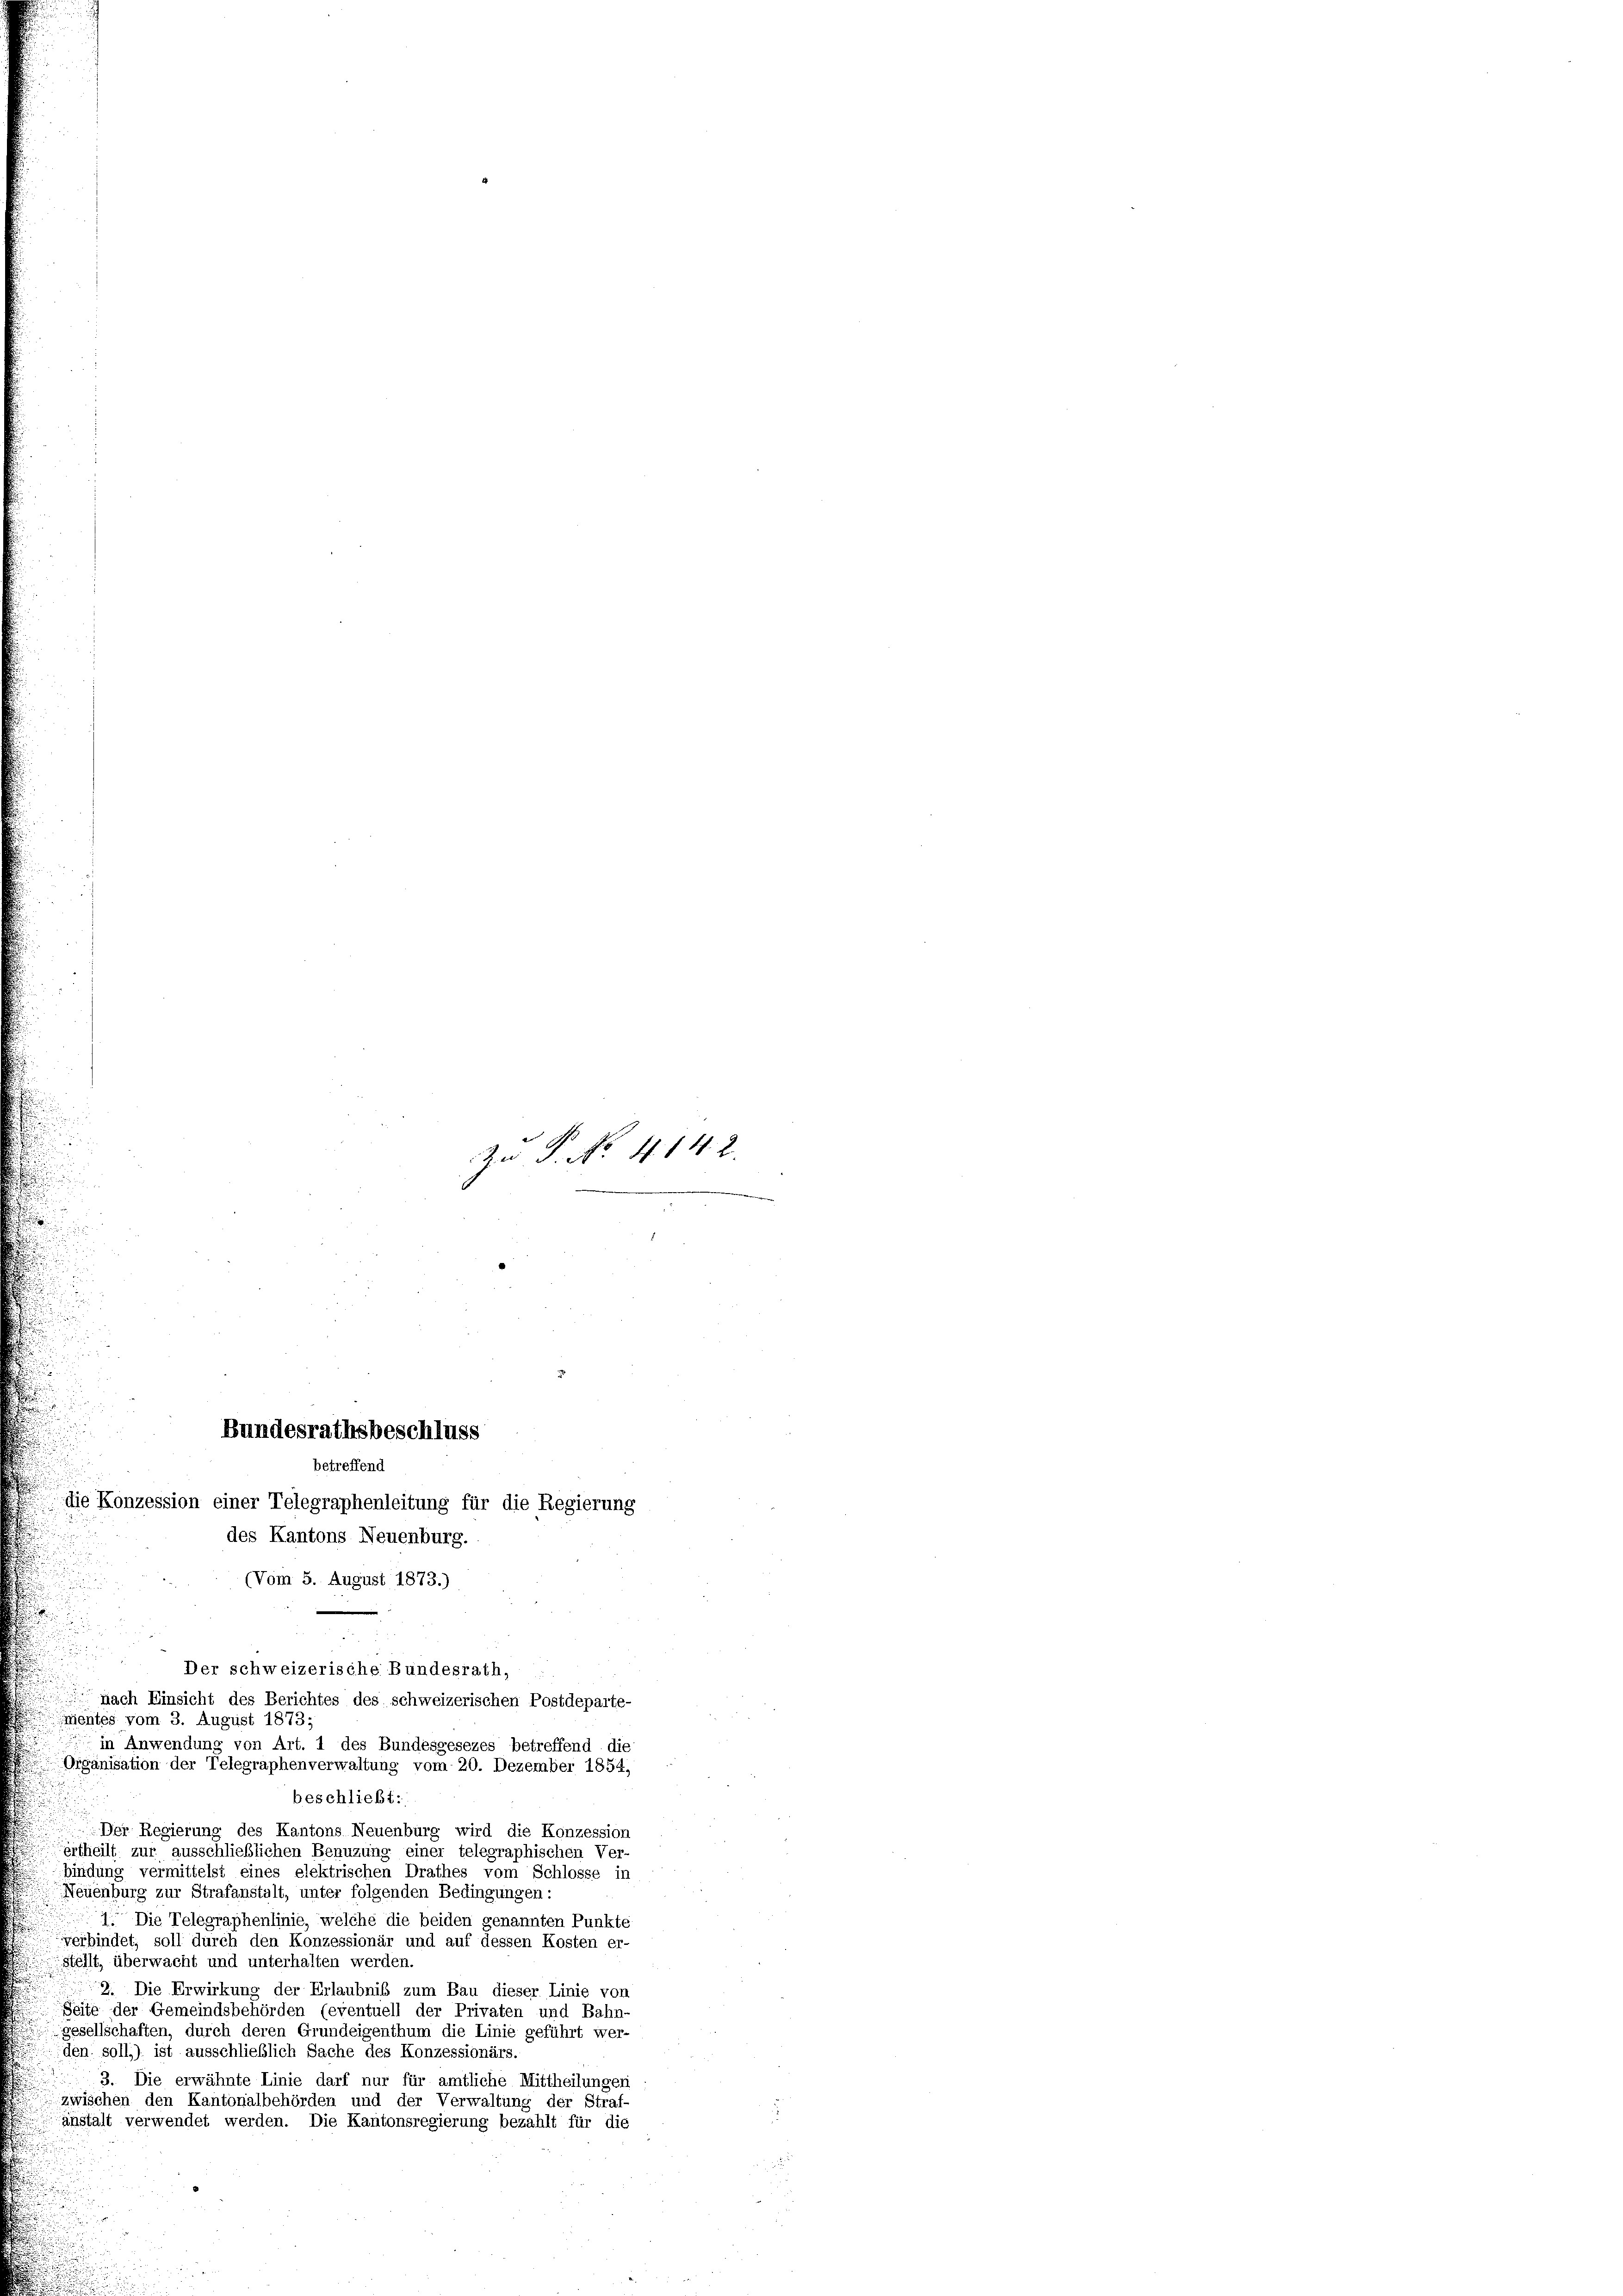
Bundesrathsbeschluss

(Vom 5. August 1873.)
mentes vom 3. August 1873;
in Anwendung von Art. 1 des Bundesgesezes betreffend die
Organisation der Telegraphenverwaltung vom 20. Dezember 1854,
beschließt:
Der Regierung des Kantons Neuenburg wird die Konzession
ertheilt zur ausschließlichen Benuzung einer telegraphischen Ver-
bindung vermittelst eines elektrischen Drathes vom Schlosse in
Neuenburg zur Strafanstalt, unter folgenden Bedingungen:
1. Die Telegraphenlinie, welche die beiden genannten Punkte
verbindet, soll durch den Konzessionär und auf dessen Kosten er-
stellt, überwacht und unterhalten werden.
2. Die Erwirkung der Erlaubnis zum Bau dieser Linie von
Seite der Gemeindsbehörden (eventuell der Privaten und Bahn-
gesellschaften, durch deren Grundeigenthum die Linie geführt wer-
den soll) ist ausschließlich Sache des Konzessionärs.
3. Die erwähnte Linie darf nur für amtliche Mittheilungen
zwischen den Kantonalbehörden und der Verwaltung der Straf-
anstalt verwendet werden. Die Kantonsregierung bezahlt für die

betreffend
die Konzession einer Telegraphenleitung für die Regierung
des Kantons Neuenburg.

Der schweizerische Bundesrath,
 nach Einsicht des Berichtes des schweizerischen Postdeparte-

An P. No. 414. 2